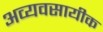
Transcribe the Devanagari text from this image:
अव्यवसायीक